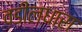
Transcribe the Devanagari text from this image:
वडीलधारा